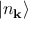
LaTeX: | n _ { \mathbf { k } } \rangle